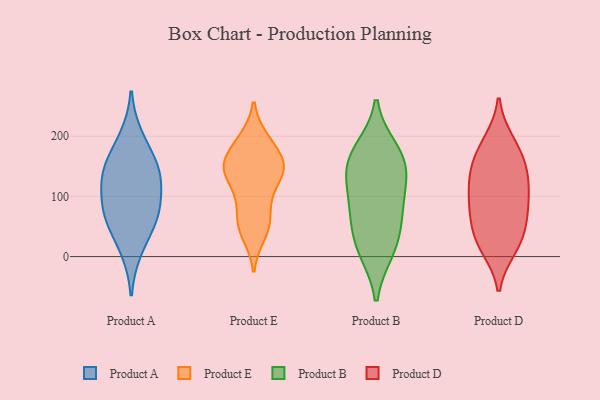
{"axis": {"x": "Satisfaction Score", "y": "Value"}, "legend": ["Product A", "Product B", "Product D", "Product E"], "data": [{"x": "", "y": 138, "type": "Product A"}, {"x": "", "y": 66, "type": "Product A"}, {"x": "", "y": 161, "type": "Product A"}, {"x": "", "y": 124, "type": "Product A"}, {"x": "", "y": 70, "type": "Product A"}, {"x": "", "y": 142, "type": "Product A"}, {"x": "", "y": 11, "type": "Product A"}, {"x": "", "y": 199, "type": "Product A"}, {"x": "", "y": 97, "type": "Product A"}, {"x": "", "y": 59, "type": "Product A"}, {"x": "", "y": 156, "type": "Product E"}, {"x": "", "y": 192, "type": "Product E"}, {"x": "", "y": 147, "type": "Product E"}, {"x": "", "y": 95, "type": "Product E"}, {"x": "", "y": 158, "type": "Product E"}, {"x": "", "y": 53, "type": "Product E"}, {"x": "", "y": 37, "type": "Product E"}, {"x": "", "y": 194, "type": "Product E"}, {"x": "", "y": 146, "type": "Product E"}, {"x": "", "y": 142, "type": "Product E"}, {"x": "", "y": 186, "type": "Product E"}, {"x": "", "y": 90, "type": "Product E"}, {"x": "", "y": 142, "type": "Product E"}, {"x": "", "y": 126, "type": "Product E"}, {"x": "", "y": 146, "type": "Product E"}, {"x": "", "y": 46, "type": "Product E"}, {"x": "", "y": 60, "type": "Product E"}, {"x": "", "y": 133, "type": "Product B"}, {"x": "", "y": 10, "type": "Product B"}, {"x": "", "y": 124, "type": "Product B"}, {"x": "", "y": 13, "type": "Product B"}, {"x": "", "y": 49, "type": "Product B"}, {"x": "", "y": 177, "type": "Product B"}, {"x": "", "y": 73, "type": "Product B"}, {"x": "", "y": 166, "type": "Product B"}, {"x": "", "y": 159, "type": "Product B"}, {"x": "", "y": 87, "type": "Product B"}, {"x": "", "y": 89, "type": "Product D"}, {"x": "", "y": 190, "type": "Product D"}, {"x": "", "y": 25, "type": "Product D"}, {"x": "", "y": 68, "type": "Product D"}, {"x": "", "y": 157, "type": "Product D"}, {"x": "", "y": 192, "type": "Product D"}, {"x": "", "y": 82, "type": "Product D"}, {"x": "", "y": 135, "type": "Product D"}, {"x": "", "y": 14, "type": "Product D"}, {"x": "", "y": 48, "type": "Product D"}, {"x": "", "y": 138, "type": "Product D"}, {"x": "", "y": 164, "type": "Product D"}, {"x": "", "y": 101, "type": "Product D"}, {"x": "", "y": 45, "type": "Product D"}, {"x": "", "y": 103, "type": "Product D"}, {"x": "", "y": 14, "type": "Product D"}, {"x": "", "y": 134, "type": "Product D"}]}